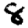
Digit: 8